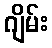
ဂျိမ်း